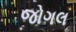
જોગલ